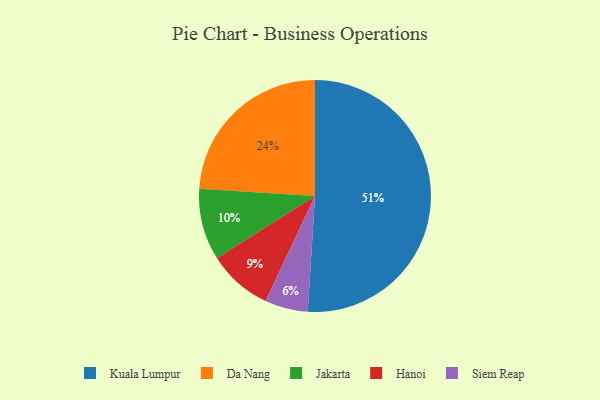
{"axis": {"x": "Category", "y": "Percentage"}, "legend": ["Da Nang", "Hanoi", "Jakarta", "Kuala Lumpur", "Siem Reap"], "data": [{"x": "Hanoi", "y": 9, "type": "Hanoi"}, {"x": "Jakarta", "y": 10, "type": "Jakarta"}, {"x": "Da Nang", "y": 24, "type": "Da Nang"}, {"x": "Siem Reap", "y": 6, "type": "Siem Reap"}, {"x": "Kuala Lumpur", "y": 51, "type": "Kuala Lumpur"}]}